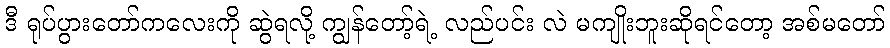
ဒီ ရုပ်ပွားတော်ကလေးကို ဆွဲရလို့ ကျွန်တော့်ရဲ့ လည်ပင်း လဲ မကျိုးဘူးဆိုရင်တော့ အစ်မတော်